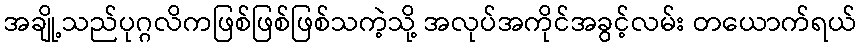
အချို့သည်ပုဂ္ဂလိကဖြစ်ဖြစ်ဖြစ်သကဲ့သို့ အလုပ်အကိုင်အခွင့်လမ်း တယောက်ရယ်